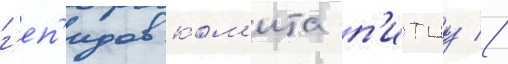
г'еп'идов ком'ита п'итцу //